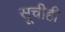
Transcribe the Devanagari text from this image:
सूचीही